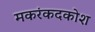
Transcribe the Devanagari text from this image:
मकरंकदकोश